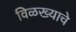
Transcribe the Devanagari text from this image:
विळख्याचे